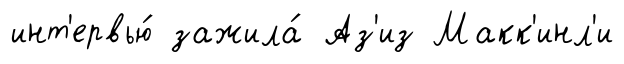
инт'ервью́ зажила́ Аз'из Макк'инл'и